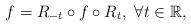
LaTeX: \begin{align*}f= R_{-t}\circ f\circ R_{t},~\forall t\in \mathbb R,\end{align*}